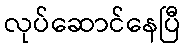
လုပ်ဆောင်နေပြီ